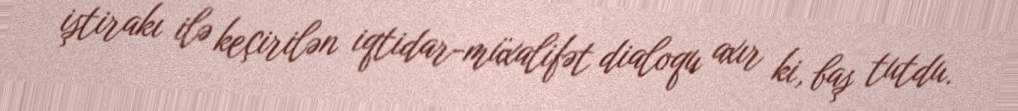
iştirakı ilə keçirilən iqtidar-müxalifət dialoqu axır ki, baş tutdu.